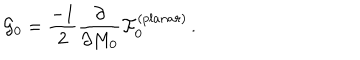
LaTeX: { \cal G } _ { 0 } = \frac { - 1 } { 2 } \frac { \partial } { \partial M _ { 0 } } { \cal F } _ { 0 } ^ { ( p l a n a r ) } \, .